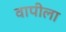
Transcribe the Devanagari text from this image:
वापीला